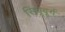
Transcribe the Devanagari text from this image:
सिंधूदूर्ग